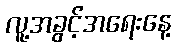
လူ့အခွင့်အရေးနေ့